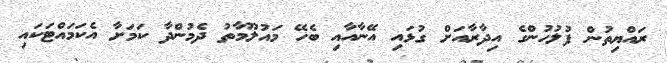
ރައްޔިތުން ފުލުހުންގެ އިދާރާއަށް ގުޅައި އޭނާއާއި ބެހޭ މައުލޫމާތު ދެމުންދާ ކަމަށާ އެކަމައްޓަކައި